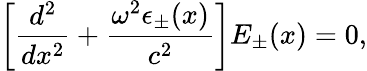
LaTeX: \left[\frac{d^{2}}{dx^{2}}+\frac{\omega^{2}\epsilon_{\pm}(x)}{c^{2}}\right]E_{\pm}(x)=0,